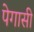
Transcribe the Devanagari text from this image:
पेगासी